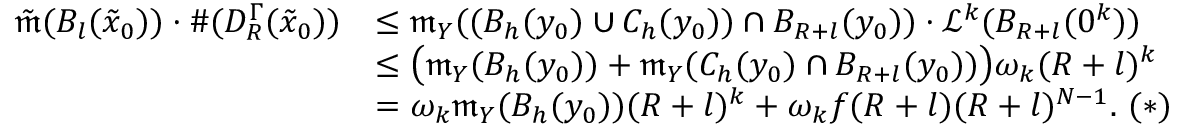
\begin{array} { r l } { \tilde { \mathfrak { m } } ( B _ { l } ( \tilde { x } _ { 0 } ) ) \cdot \# ( D _ { R } ^ { \Gamma } ( \tilde { x } _ { 0 } ) ) } & { \leq \mathfrak { m } _ { Y } ( ( B _ { h } ( y _ { 0 } ) \cup C _ { h } ( y _ { 0 } ) ) \cap B _ { R + l } ( y _ { 0 } ) ) \cdot \mathcal { L } ^ { k } ( B _ { R + l } ( 0 ^ { k } ) ) } \\ & { \leq \big ( \mathfrak { m } _ { Y } ( B _ { h } ( y _ { 0 } ) ) + \mathfrak { m } _ { Y } ( C _ { h } ( y _ { 0 } ) \cap B _ { R + l } ( y _ { 0 } ) ) \big ) \omega _ { k } ( R + l ) ^ { k } } \\ & { = \omega _ { k } \mathfrak { m } _ { Y } ( B _ { h } ( y _ { 0 } ) ) ( R + l ) ^ { k } + \omega _ { k } f ( R + l ) ( R + l ) ^ { N - 1 } . \, \, ( * ) } \end{array}